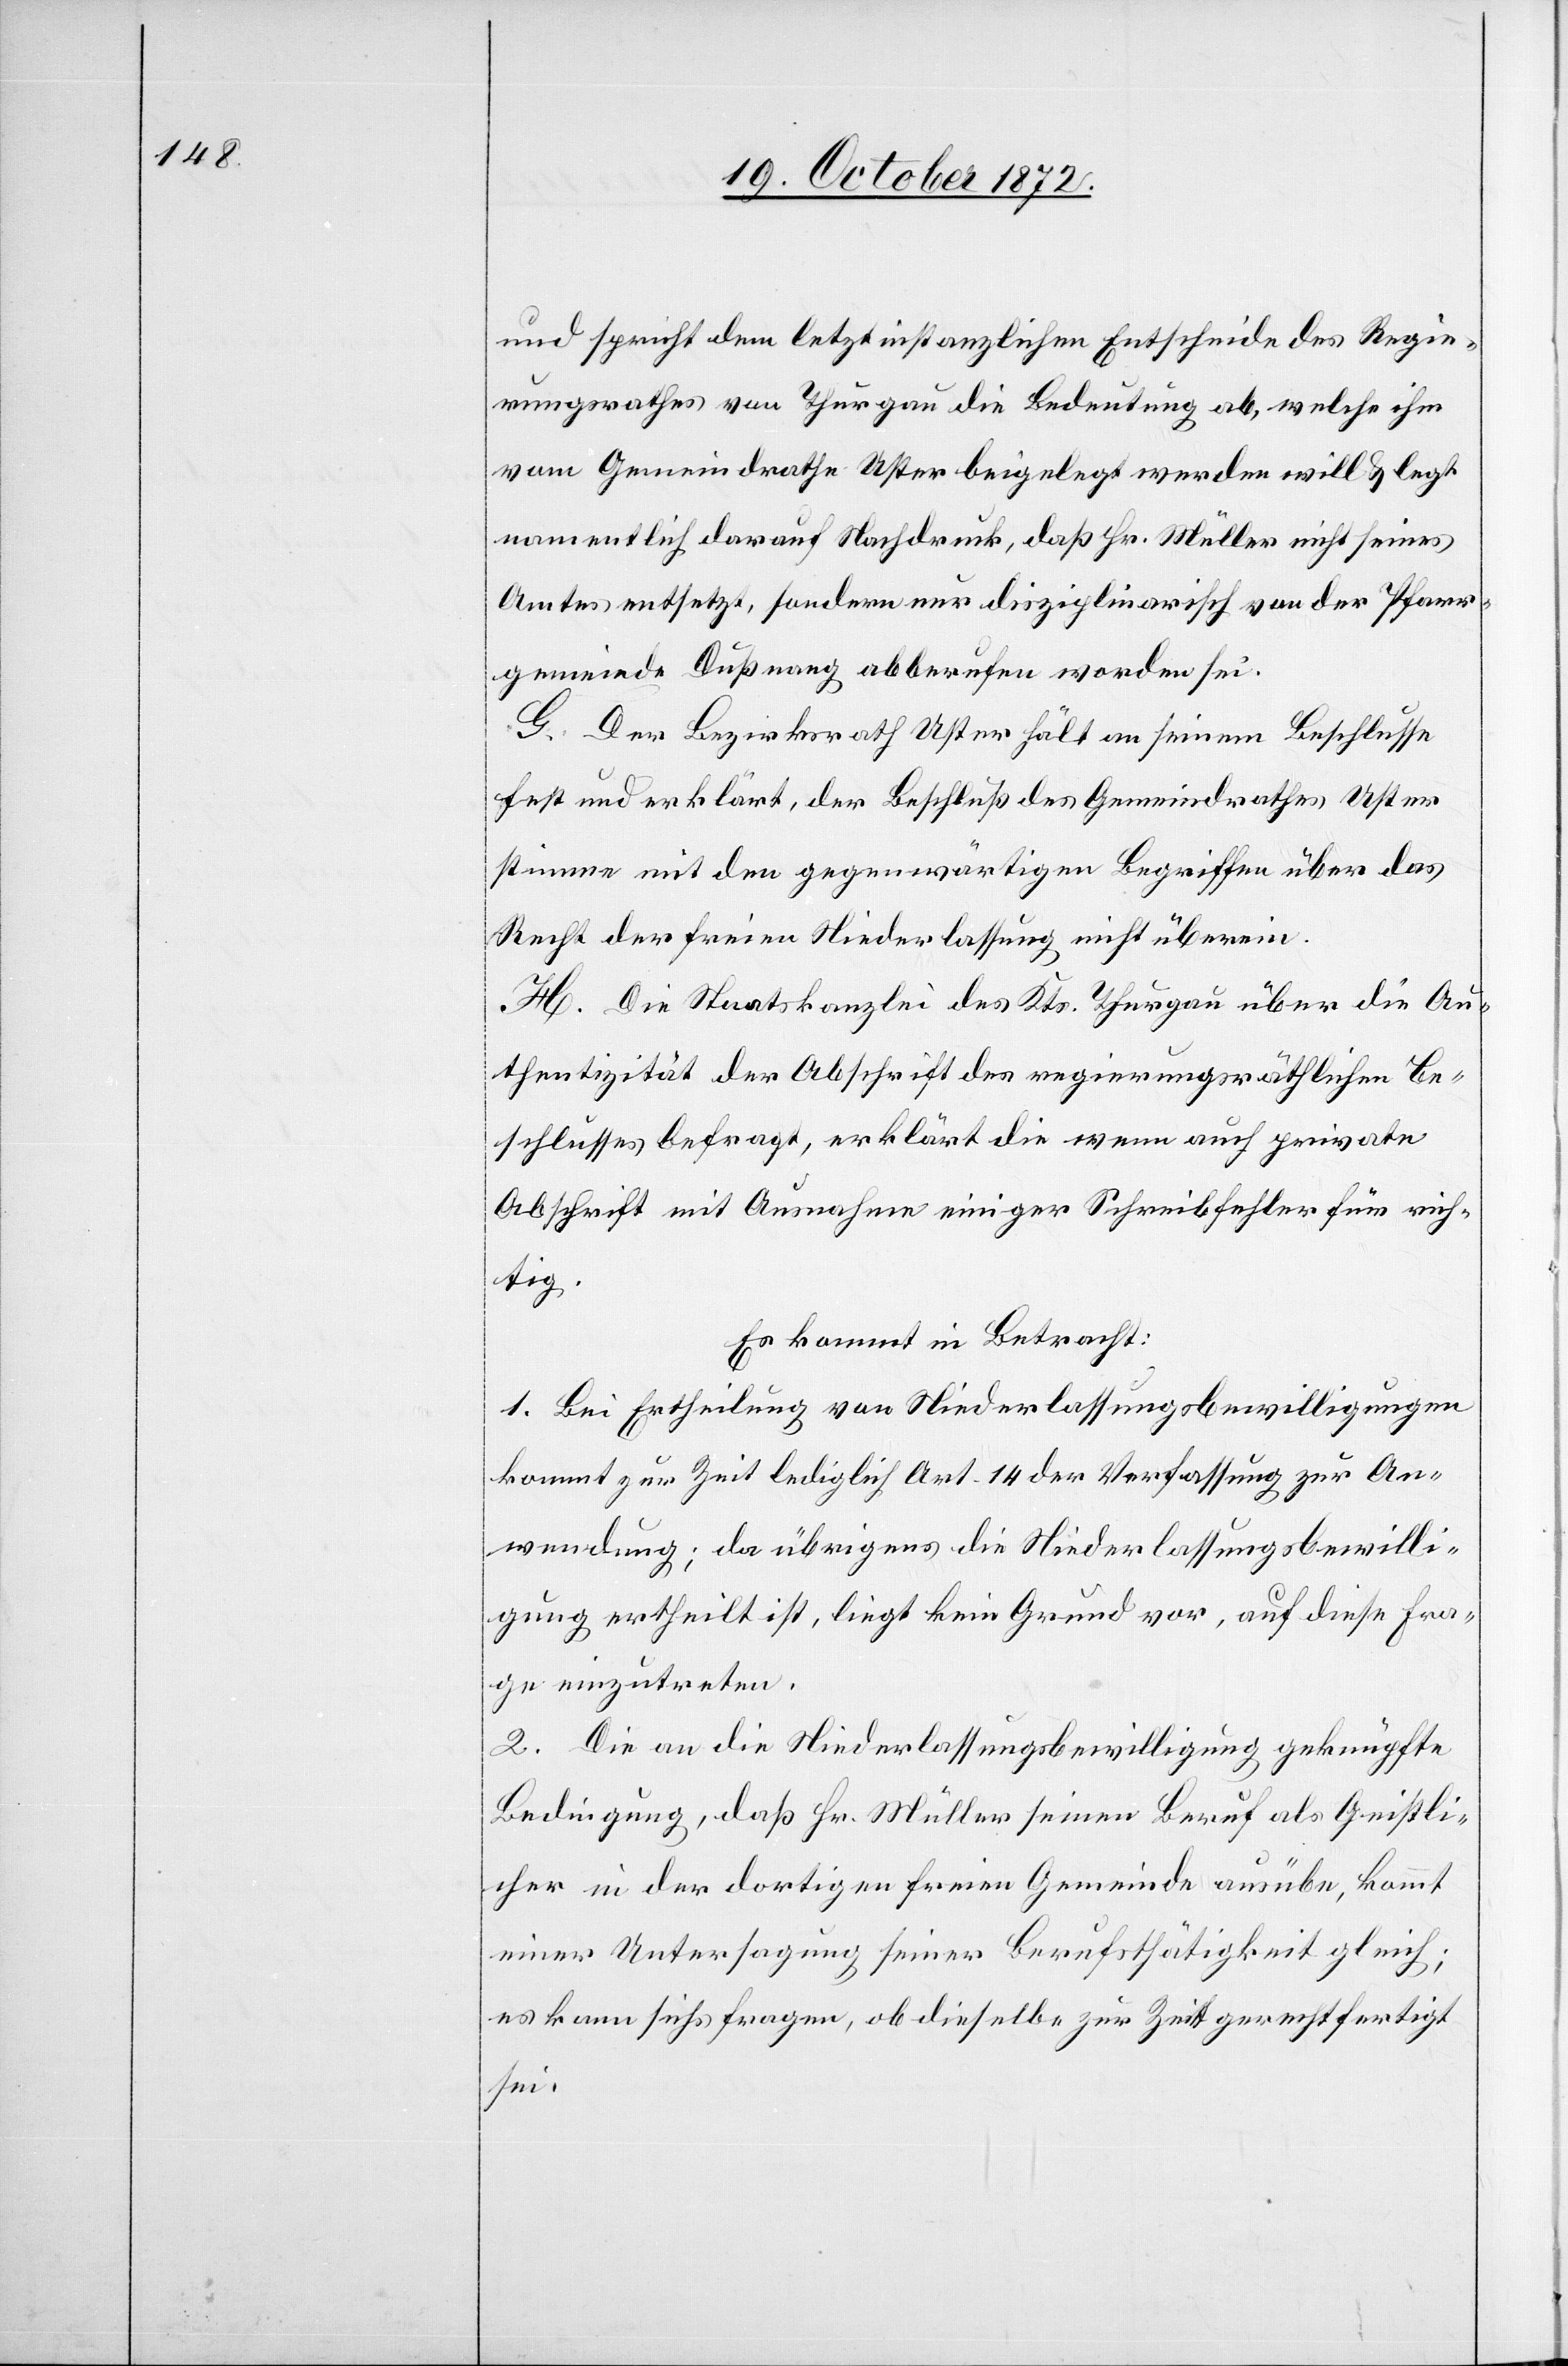
und spricht dem letztinstanzlichen Entscheide des Regie¬
rungsrathes von Thurgau die Bedeutung ab, welche ihm
vom Gemeindrathe Uster beigelegt werden will u. legt
namentlich darauf Nachdruck, daß Hr. Müller nicht seines
Amtes entsetzt, sondern nur disziplinarisch von der Pfarr¬
gemeinde Dußnang abberufen worden sei.
G. Der Bezirksrath Uster hält an seinem Beschlusse
fest und erklärt, der Beschluß des Gemeindrathes Uster
stimme mit den gegenwärtigen Begriffen über das
Recht der freien Niederlassung nicht überein.
H. Die Staatskanzlei des Kts. Thurgau über die Au¬
thentizität der Abschrift des regierungsräthlichen Be¬
schlusses befragt, erklärt die wenn auch private
Abschrift mit Ausnahme einiger Schreibfehler für rich¬
tig.
Es kommt in Betracht:
1. Bei Ertheilung von Niederlassungsbewilligungen
kommt zur Zeit lediglich Art. 14 der Verfassung zur An¬
wendung; da übrigens die Niederlassungsbewilli¬
gung ertheilt ist, liegt kein Grund vor, auf diese Fra¬
ge einzutreten.
2. Die an die Niederlassungsbewilligung geknüpfte
Bedingung, daß Hr. Müller seinen Beruf als Geistli¬
cher in der dortigen freien Gemeinde ausübe, kommt
einer Untersagung seiner Berufsthätigkeit gleich;
es kann sichs [sic!] fragen, ob dieselbe zur Zeit gerechtfertigt
sei.